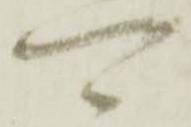
可